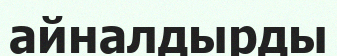
айналдырды